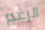
الرغم